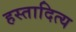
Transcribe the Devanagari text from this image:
हस्तादित्य